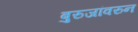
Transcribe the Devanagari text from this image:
बुरुजांवरुन